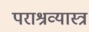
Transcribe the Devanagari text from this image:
पराश्रव्यास्त्र